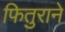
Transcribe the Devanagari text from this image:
फितुराने